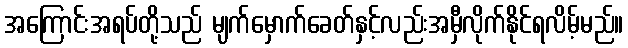
အကြောင်းအရပ်တို့သည် မျက်မှောက်ခေတ်နှင့်လည်းအမှီလိုက်နိုင်ရလိမ့်မည်။